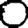
Digit: 0